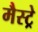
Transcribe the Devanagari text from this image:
मैस्ट्रे